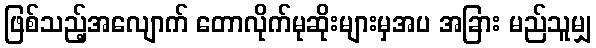
ဖြစ်သည့်အလျောက် တောလိုက်မုဆိုးများမှအပ အခြား မည်သူမျှ